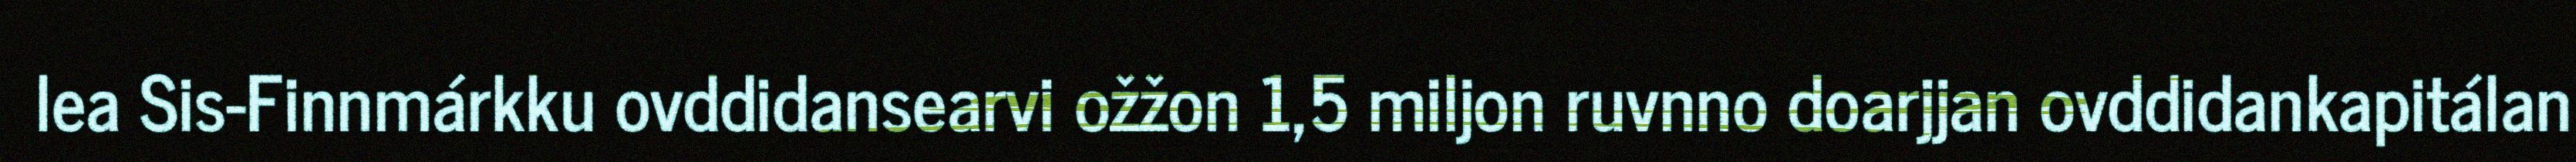
lea Sis-Finnmárkku ovddidansearvi ožžon 1,5 miljon ruvnno doarjjan ovddidankapitálan